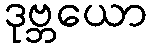
ဒုဗ္ဘယော